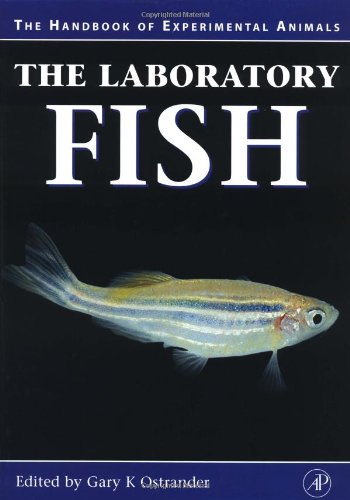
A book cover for The Laboratory Fish (Handbook of Experimental Animals); Gary Ostrander; Medical Books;